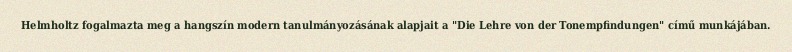
Helmholtz fogalmazta meg a hangszín modern tanulmányozásának alapjait a "Die Lehre von der Tonempfindungen" című munkájában.